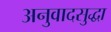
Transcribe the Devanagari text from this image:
अनुवादसुद्धा